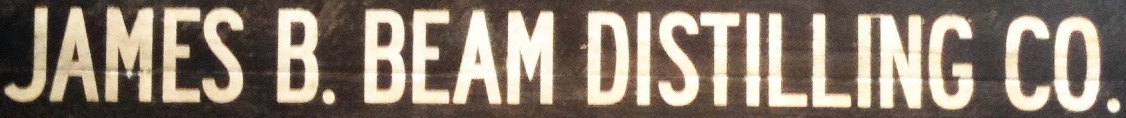
JAMES B. BEAM DISTILLING CO.